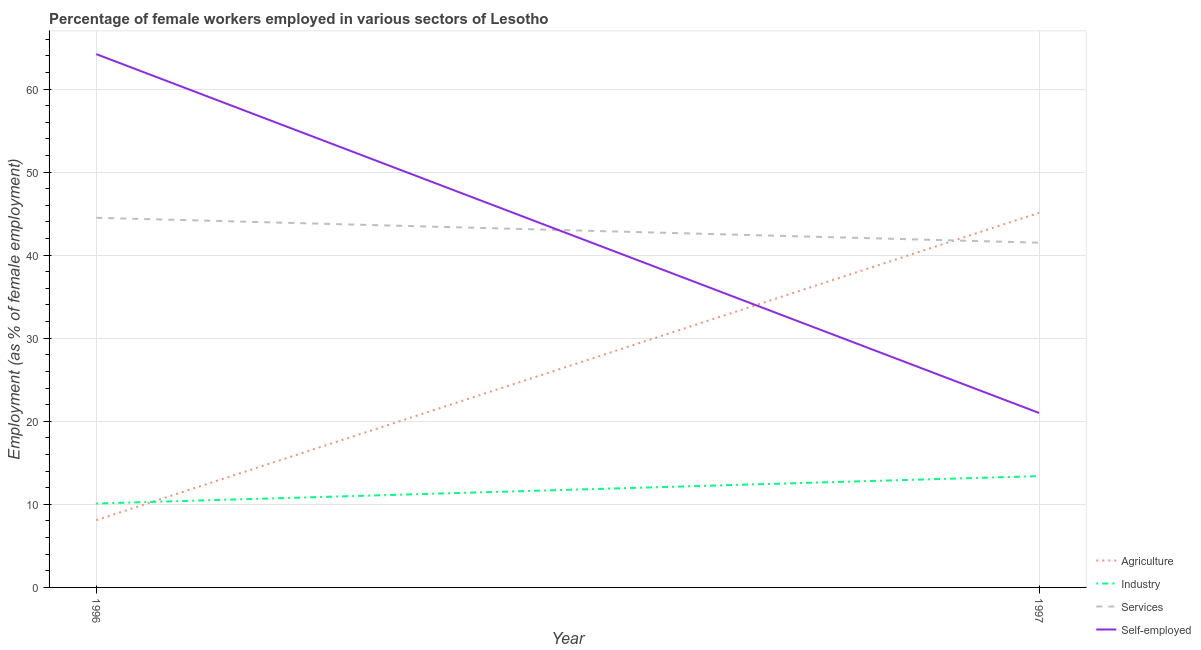
| Year | Agriculture | Industry | Services | Self-employed |
 | --- | --- | --- | --- | --- |
 | 1996 | 8.1 | 10.1 | 44.5 | 64.2 |
 | 1997 | 45.1 | 13.4 | 41.5 | 21 |